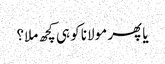
یا پھر مولانا کو ہی کچھ ملا؟